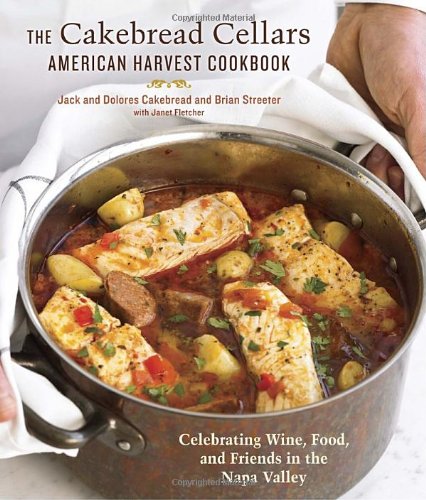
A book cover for The Cakebread Cellars American Harvest Cookbook: Celebrating Wine, Food, and Friends in the Napa Valley; Dolores Cakebread; Cookbooks, Food & Wine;